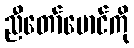
ညီတော်မောင်ကို